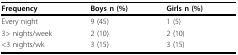
| Frequency | Boys n (%) | Girls n (%) |
 | --- | --- | --- |
 | Every night | 9 (45) | 1 (5) |
 | 3> nights/week | 2 (10) | 2 (10) |
 | <3 nights/wk | 3 (15) | 3 (15) |